system: You are a helpful assistant.
user:
Analyze the provided spectrum to determine if it is a **White Dwarf (WD)**.

A White Dwarf spectrum is defined by its **extreme purity** (due to gravitational settling) and/or **extreme pressure broadening** (due to high surface gravity). You must check for one of the following mutually exclusive signatures:

- **Key Visual Indicators (Check for ONE of these types):**

    - **1. DA-Type Signature (Most Common):**
        - **(Primary Feature):** Extreme pressure broadening (Stark broadening) of the **Hydrogen (H) Balmer lines**.
        - **(Key Lines):** $H\beta$ (approx. $4861$ Å) and $H\gamma$ (approx. $4340$ Å). $H\alpha$ (approx. $6563$ Å) will also be present if the wavelength range covers it.
        - **(Line Profile):** This is the **defining feature**. The lines are **NOT** sharp. They appear as massive, **extremely broad and deep "troughs" or "dips"** in the spectrum, often hundreds of Ångströms wide. The continuum will appear to "scoop" down at these wavelengths.
        - **(Distinction):** Normal A-type or B-type stars have *narrow* and *sharp* Hydrogen lines. A DA White Dwarf's lines are unmistakably "smeared" or "blurry" from pressure.

    - **2. DB-Type Signature:**
        - **(Primary Feature):** Broad absorption lines from **Neutral Helium (He I)**. The spectrum must lack any visible Hydrogen lines.
        - **(Key Lines):** Look for broad absorption near $4471$ Å, $4921$ Å, and $5876$ Å.
        - **(Line Profile):** These lines are also significantly pressure-broadened, appearing much wider than they would in a normal B-type main-sequence star.

    - **3. DC-Type Signature:**
        - **(Primary Feature):** A **featureless continuous spectrum**.
        - **(Line Profile):** The spectrum is a smooth curve with **no significant absorption or emission lines**.
        - **(Key Confirmation):** The continuum is almost always **blue or white**, indicating a hot object. This signature implies the atmosphere is so pure (or so cool) that no spectral lines are visible in the optical range. Its WD identity is confirmed by its extremely low intrinsic brightness (high absolute magnitude).

    - **4. DZ-Type Signature (Metal-Polluted):**
        - **(Primary Feature):** **Isolated, narrow metal absorption lines** on an otherwise featureless (DC-like) continuum.
        - **(Key Lines):** The **Calcium (Ca II) H & K doublet** (approx. **$3934$ Å** and **$3968$ Å**) is the most common and defining feature.
        - **(Line Profile):** These lines are "out of place." They are *not* part of a "forest" of thousands of lines. This signature is evidence of recent *accretion* (pollution) from rocky debris.
        - **(Distinction):** Normal G/K/M stars have a *dense forest* of thousands of metal lines. A DZ has a *clean* continuum with *only a few* strong metal lines.

    - **5. DQ-Type Signature (Carbon-Polluted):**
        - **(Primary Feature):** Absorption bands from **Carbon (C₂ "Swan Bands" or atomic C I)**.
        - **(Key Lines - C₂):** Look for bandheads with a "saw-tooth" shape near $5635$ Å, **$5165$ Å** (strongest), and $4737$ Å.
        - **(Key Confirmation):** The underlying **continuum must be blue or white** (hot).
        - **(Distinction):** This is the critical difference from a **Carbon Star**, which has the *exact same* C₂ bands but on an extremely **red, cool** continuum.

- **(Overall Spectrum):**
    - The continuum (overall shape) is typically **blue-sloping** (brighter in the blue than the red), as most white dwarfs are very hot.
    - The spectrum will look "pure" or "simple," dominated by only *one* of the five signatures listed above.

Think first, call **spectral_visualization_tool** if needed to examine features in detail, then provide your final answer. Your response must adhere to the following strict rules:
1.  **Overall Structure:** Your response must follow the format `<think>...</think> <tool_call>...</tool_call> (if a tool is used) <answer>...</answer>`.
2.  **Tool Usage Constraint:** You may only make **one** tool call per turn.
3.  **Final Answer Format:** In the `<answer>` tag, your conclusion must be inside a `\boxed{}` command (e.g., `\boxed{YES}` or `\boxed{NO}`), followed by your justification.

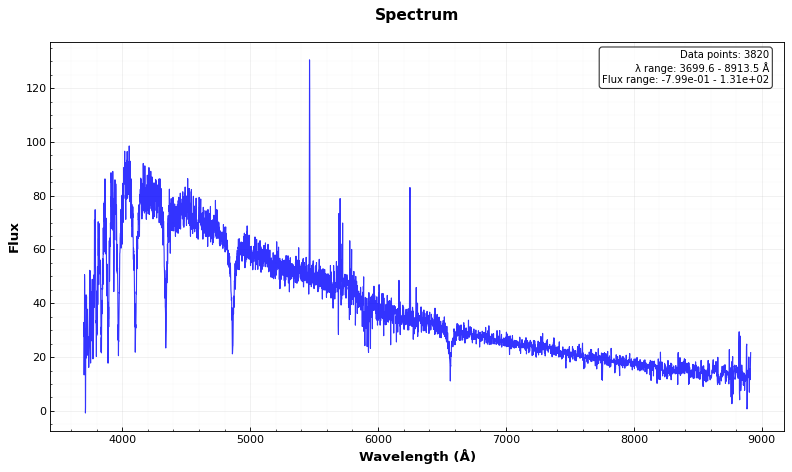
Answer: NO